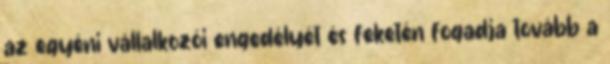
az egyéni vállalkozói engedélyét és feketén fogadja tovább a